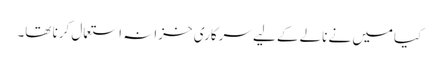
کیامیں نے نالے کے لیے سرکاری خزانہ استعمال کرنا تھا۔